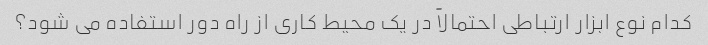
کدام نوع ابزار ارتباطی احتمالاً در یک محیط کاری از راه دور استفاده می شود؟